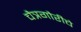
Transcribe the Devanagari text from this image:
चैत्रगौरीचे